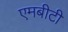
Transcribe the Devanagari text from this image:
एमबीटी